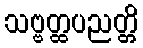
သဗ္ဗတ္ထပညတ္တိ